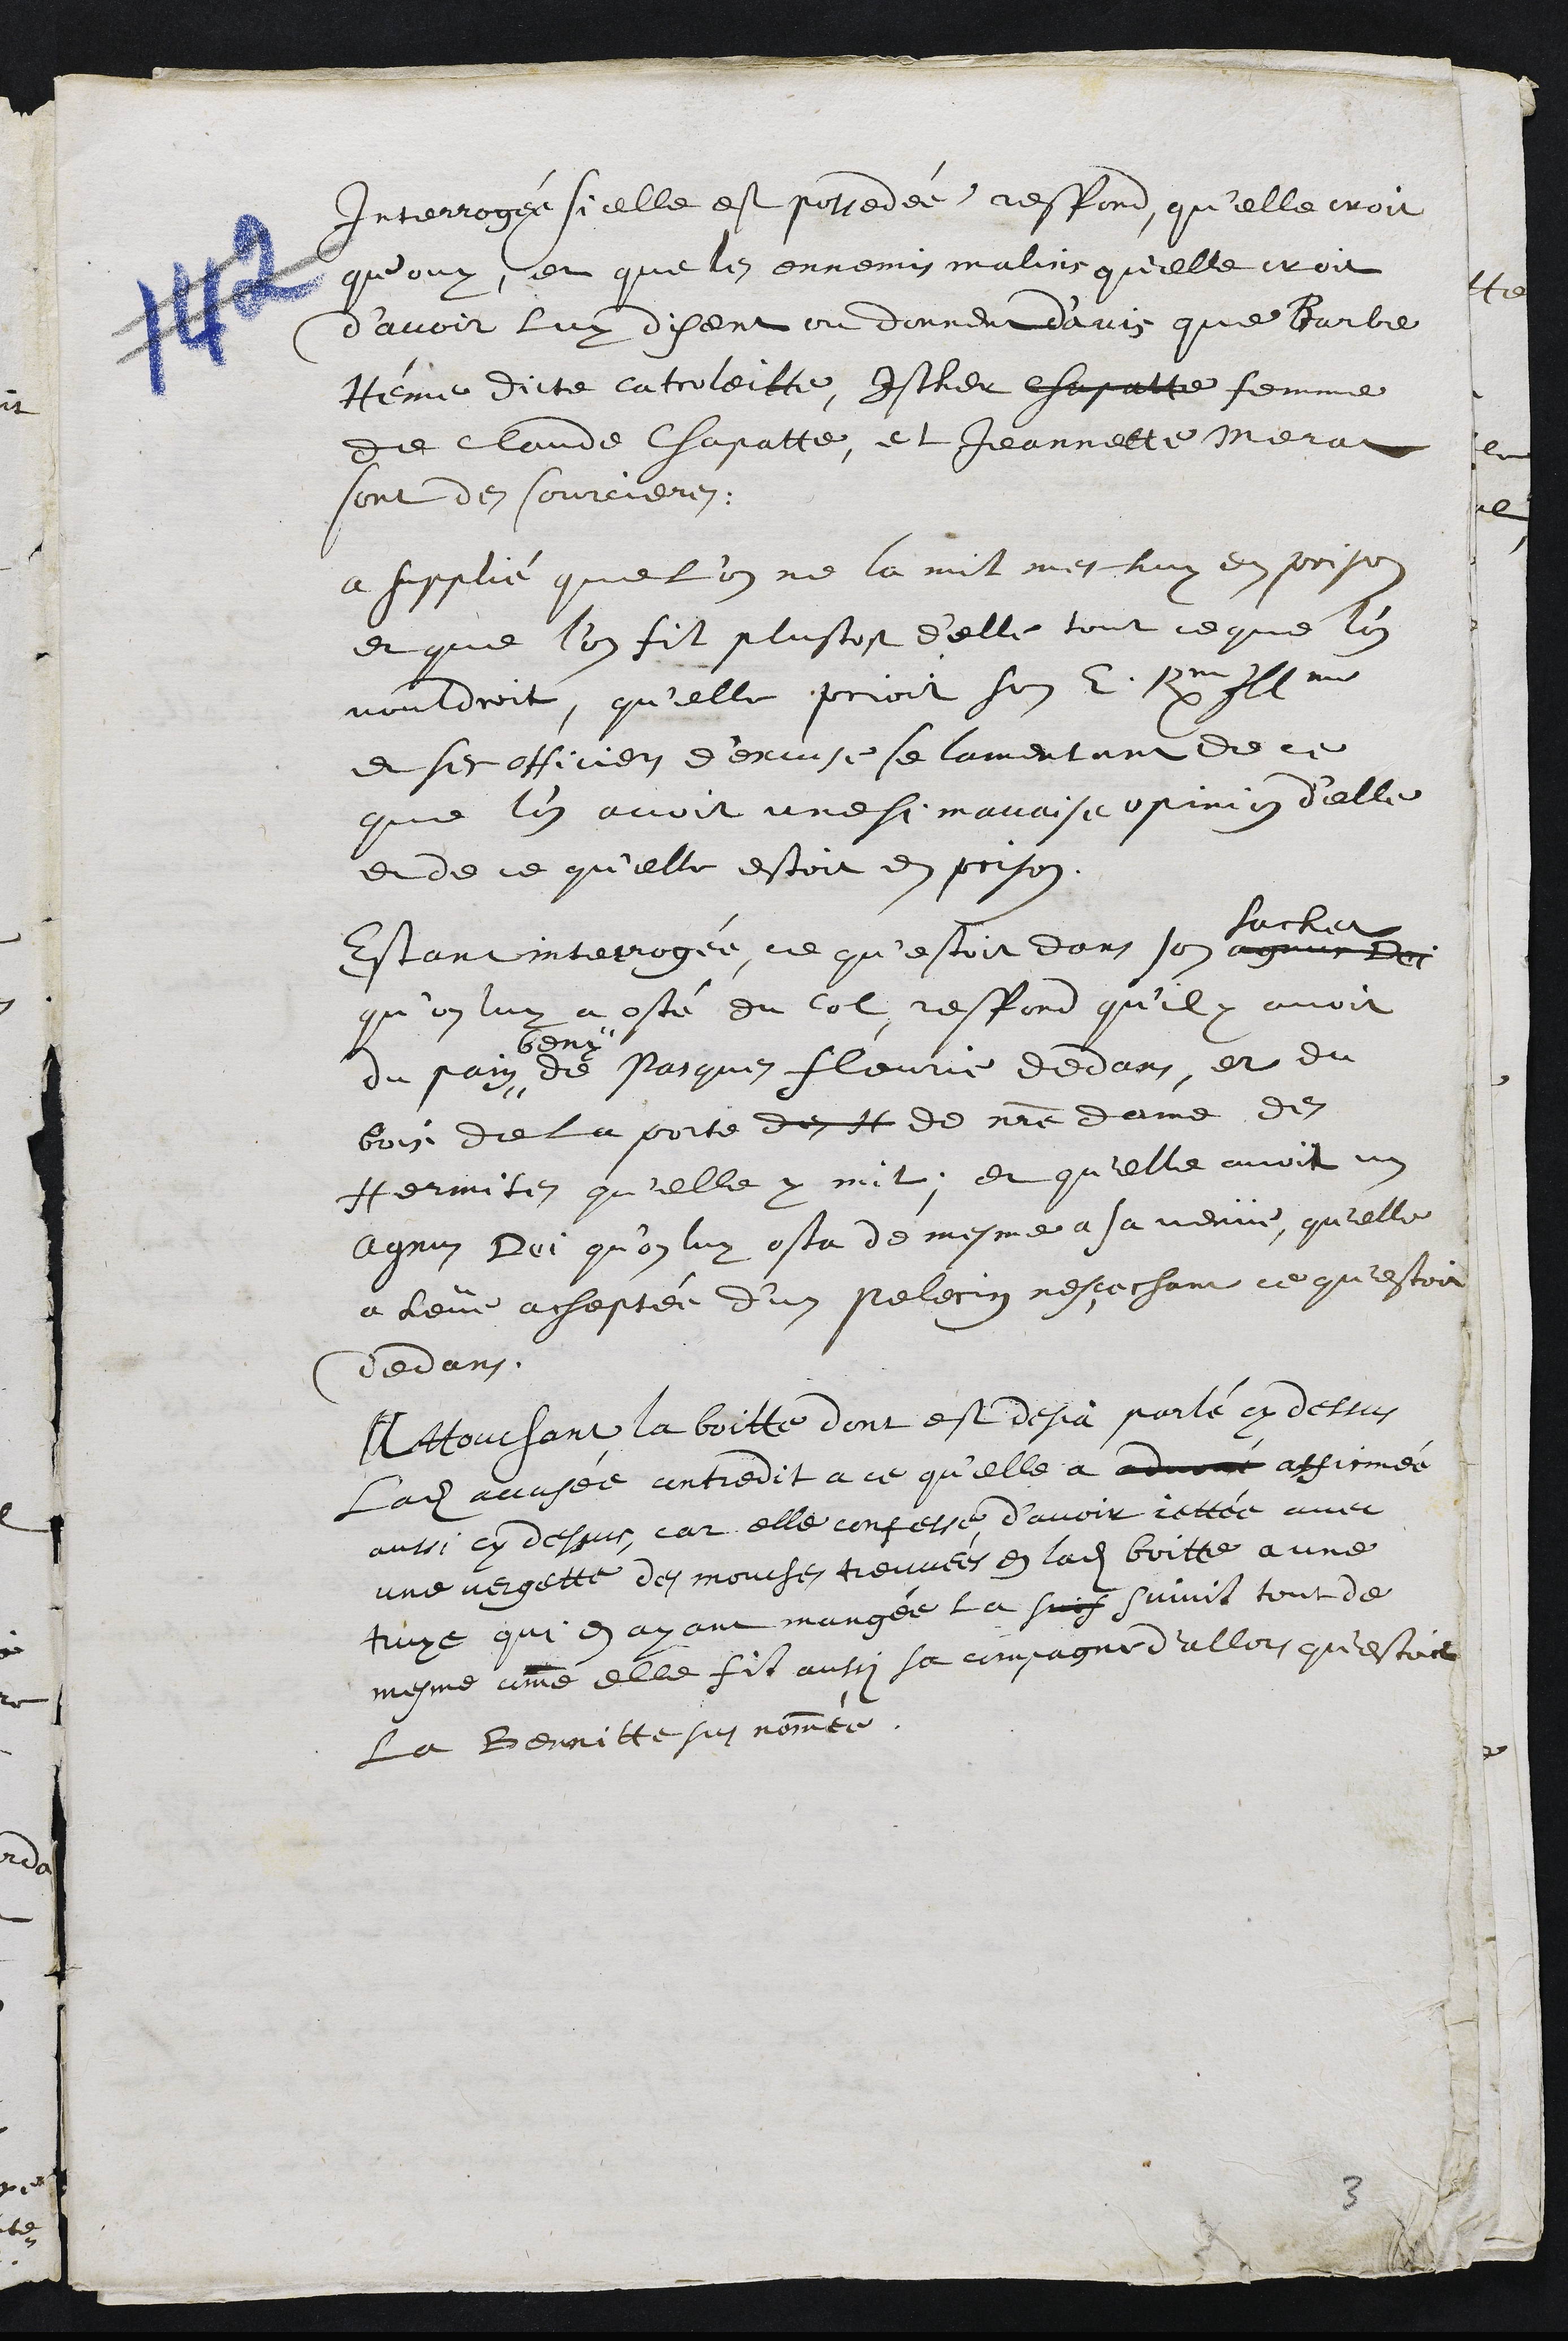
Interrogee si elle est possedée, respond qu’elle croit
qu’ouy, et que les ennemy malins quelle croit
d’avoir luy disent ou donnent d'avis que Barbe
Hénie dicte catroleitte, Esther chapatte femme
de Claude Chapatte, et Jeannette merat
sont de sourcieres.
a supplié que l’on ne la mit mes huy en prison
et que l'on fit plustost d'elle tout ce que l'on
vouldroit, qu'elle prioit son E. Rme Illme
et ses officiers d'excuse se lamentant de ce
que l'on avoit une si mavaise opinin d’elle
et de ce qu'elle estoit en prison
Estant interrogée ce qu’estoit dans son agnus Dei
sachet
qu'on luy a osté du col, respond quil y avoit
du pain #
beny
de Pasques fleurie dedans, et du
bois de la porte des H de notre Dame des
Hermites qu'elle y mit, et qu'elle avoit un
Agnus Dei qu'on luy osta de mesme a sa venue, qu'elle
a heüe acheptée d'un pelerin ne sçachant ce qu'estoit
dedans
Attouchant la boitte dont est desja parlé cy dessus
ladite accusée contredit a ce qu’elle a advant affirmée
aussi cy dessus, car elle confesse d’avoir jettée avec
une vergette des mouches treuvées en ladite boitte a une
truye qui en ayant mangée la suis suivit tout de
mesme comme elle fit aussi sa compagne d’allors qu'estoit
la Bennitte sus nommée
3